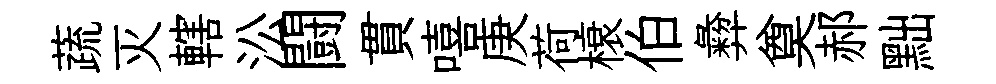
蔬灭轄㳂闘貫嘻庚荷榱伯彜奠郝黜